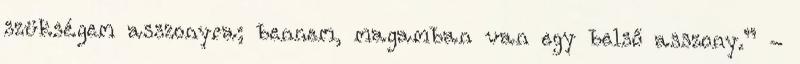
szüksé­gem asszonyra; bennem, magamban van egy belső asszony.” -